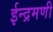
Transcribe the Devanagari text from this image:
ईन्द्रमणी